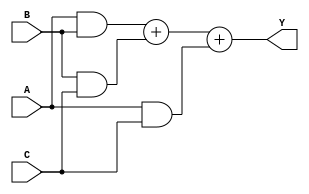
module VotingMachine(
    input A,
    input B,
    input C,
    output Y
);
    assign Y = (A & B) + (B & C) + (A & C);
endmodule //VotingMachine